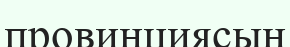
провинциясын